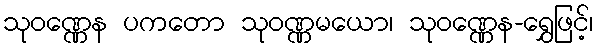
သုဝဏ္ဏေန ပကတော သုဝဏ္ဏမယော၊ သုဝဏ္ဏေန-ရွှေဖြင့်၊